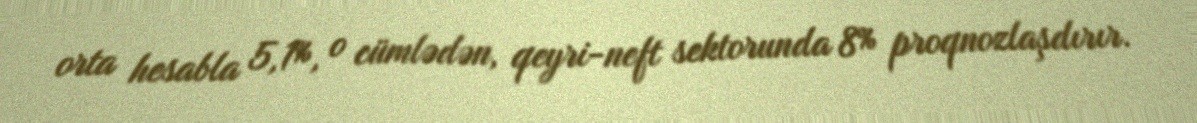
orta hesabla 5,1%, o cümlədən, qeyri-neft sektorunda 8% proqnozlaşdırır.